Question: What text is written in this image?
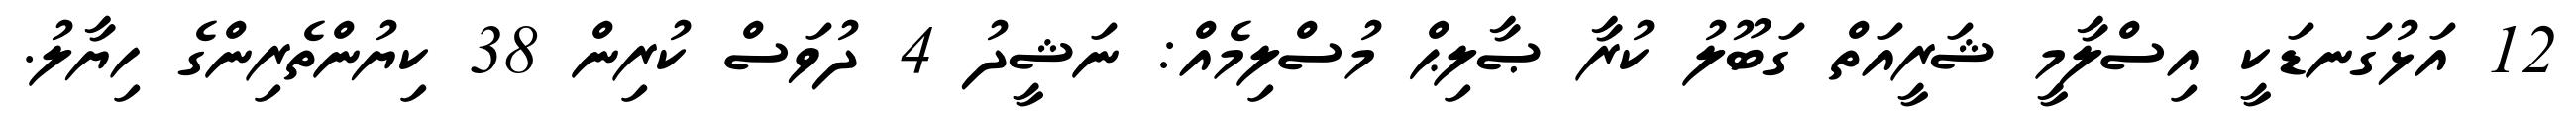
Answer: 12 އަޅުގަނޑަކީ އިސްލާމީ ޝަރީއަތް ގަބޫލު ކުރާ ޞާލިޙް މުސްލިމެއް: ނަޝީދު 4 ދުވަސް ކުރިން 38 ކިޔުންތެރިންގެ ހިޔާލު.